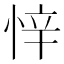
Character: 𭝅